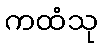
ကထံသု